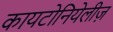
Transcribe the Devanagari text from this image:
कायटोनियेलीज़